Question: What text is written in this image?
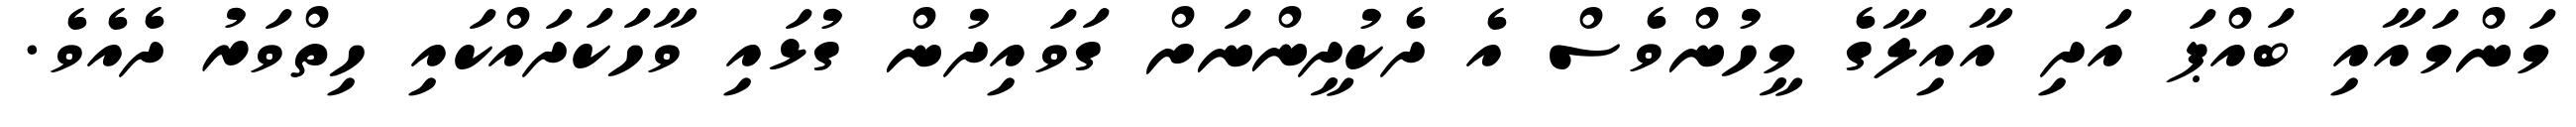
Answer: މަންމައާއި ބައްޕަ އަދި އާއިލާގެ މީހުންވެސް އެ ދެކުދީންނަށް ގަވައިދުން ގުޅައި ވާހަކަދައްކައި ހިތްވަރު ދެއެވެ.